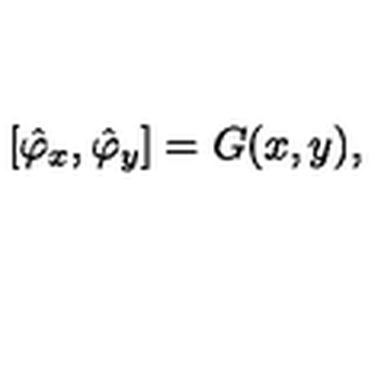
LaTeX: \left[ \hat { \varphi } _ { x } , \hat { \varphi } _ { y } \right] = G ( x , y ) ,